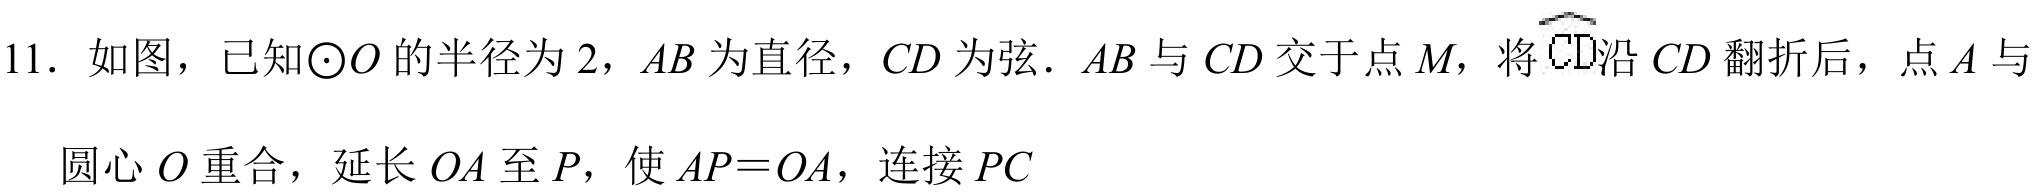
11. 如图，已知\(\odot O\) 的半径为 \(2\)，\(AB\) 为直径，\(CD\) 为弦. \(AB\) 与 \(CD\) 交于点 \(M\)，将\(\overset{\frown}{CD}\)沿 \(CD\) 翻折后，点 \(A\) 与圆心 \(O\) 重合，延长 \(OA\) 至 \(P\)，使 \(AP = OA\)，连接 \(PC\)